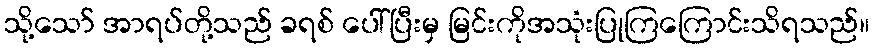
သို့သော် အာရပ်တို့သည် ခရစ် ပေါ်ပြီးမှ မြင်းကိုအသုံးပြုကြကြောင်းသိရသည်။